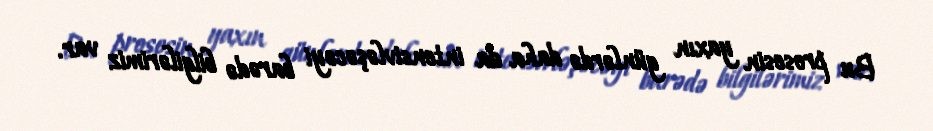
Bu prosesin yaxın günlərdə daha da intensivləşəcəyi barədə bilgilərimiz var.